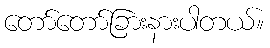
တော်တော်ခြားနားပါတယ်။